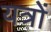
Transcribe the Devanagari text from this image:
यत्रों